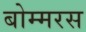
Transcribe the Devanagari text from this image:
बोम्मरस